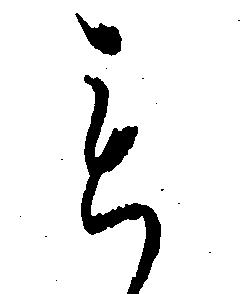
も